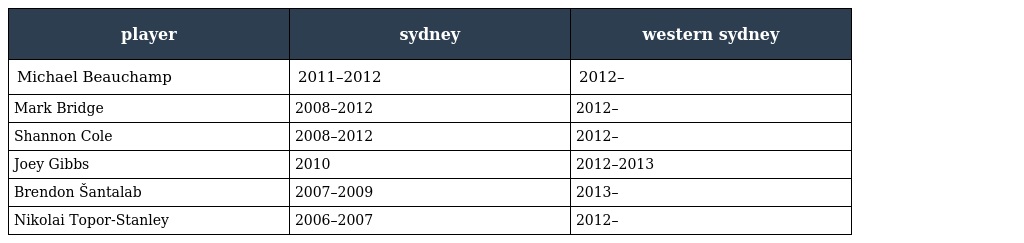
| player | sydney | western sydney |
 | --- | --- | --- |
 | Michael Beauchamp | 2011–2012 | 2012– |
 | Mark Bridge | 2008–2012 | 2012– |
 | Shannon Cole | 2008–2012 | 2012– |
 | Joey Gibbs | 2010 | 2012–2013 |
 | Brendon Šantalab | 2007–2009 | 2013– |
 | Nikolai Topor-Stanley | 2006–2007 | 2012– |